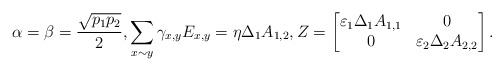
\begin{align*}\alpha=\beta=\frac{\sqrt{p_1p_2}}{2}, \sum_{x\sim y}\gamma_{x,y} E_{x,y}=\eta\Delta_1A_{1,2}, Z=\begin{bmatrix} \varepsilon_1\Delta_1A_{1,1} & 0 \\ 0 & \varepsilon_2\Delta_2A_{2,2} \end{bmatrix}.\end{align*}